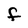
Character: F